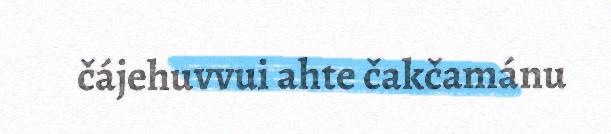
čájehuvvui ahte čakčamánu